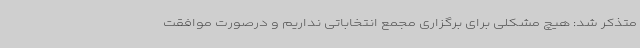
متذکر شد: هیچ مشکلی برای برگزاری مجمع انتخاباتی نداریم و درصورت موافقت